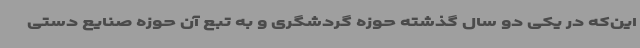
این‌که در یکی دو سال گذشته حوزه گردشگری و به تبع آن حوزه صنایع دستی